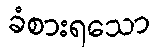
ခံစားရသော